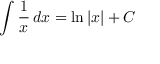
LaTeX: \int { \frac { 1 } { x } } \, d x = \ln \left| x \right| + C